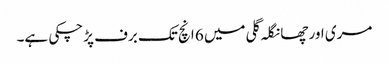
مری اور چھانگلہ گلی میں 6 انچ تک برف پڑچکی ہے۔